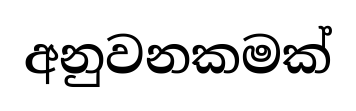
අනුවනකමක්